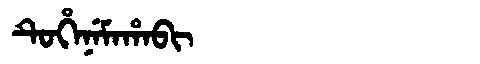
Manchu: ᡨᡠᡥᡝᠨᡝᠮᠠᡥᠠᠪᡳ
Romanization: TUHENEMAHABI